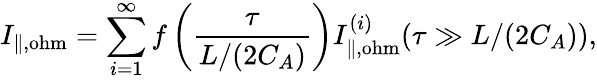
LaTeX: I_{\| ,\mathrm{ohm}}=\sum_{i=1}^{\infty}f\left(\frac{\tau}{L/(2C_{A})}\right)I_{\| ,\mathrm{ohm}}^{(i)}(\tau\gg L/(2C_{A})),